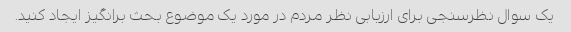
یک سوال نظرسنجی برای ارزیابی نظر مردم در مورد یک موضوع بحث برانگیز ایجاد کنید.